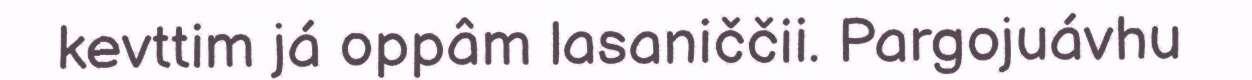
kevttim já oppâm lasaniččii. Pargojuávhu